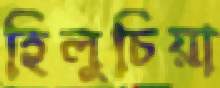
হিলুচিয়া